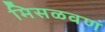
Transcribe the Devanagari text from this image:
मिसळवणं